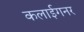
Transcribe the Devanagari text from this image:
कलाईगनर